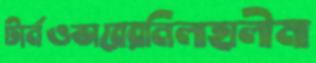
টার্নওভারেরনিলাহালীমা